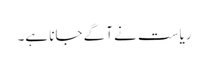
ریاست نے آگے جانا ہے۔